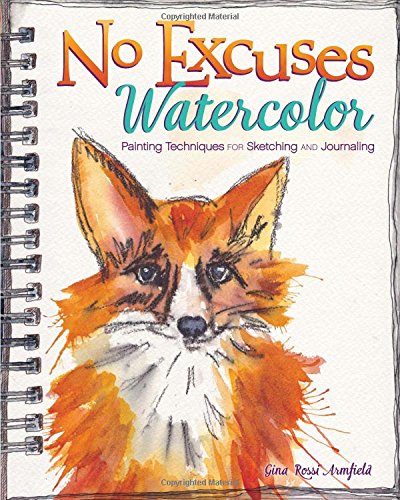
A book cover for No Excuses Watercolor: Painting Techniques for Sketching and Journaling; Gina Rossi Armfield; Crafts, Hobbies & Home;